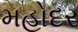
મહોદર